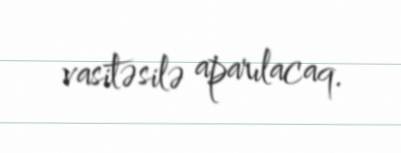
vasitəsilə aparılacaq.